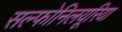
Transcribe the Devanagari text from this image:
सल्फोनिलयूरिया